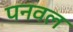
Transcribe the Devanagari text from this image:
पनवल